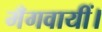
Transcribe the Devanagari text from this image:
मँगवायीं।